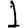
Digit: 1